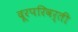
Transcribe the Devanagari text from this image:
दूरपरिवर्ती